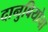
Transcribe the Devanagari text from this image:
दानुबियोचा